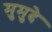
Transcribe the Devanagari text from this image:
मुमुदे